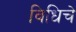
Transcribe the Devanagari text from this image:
विधिचे